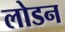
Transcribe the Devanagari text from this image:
लोडन